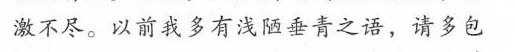
激不尽。以前我多有浅陋垂青之语，请多包